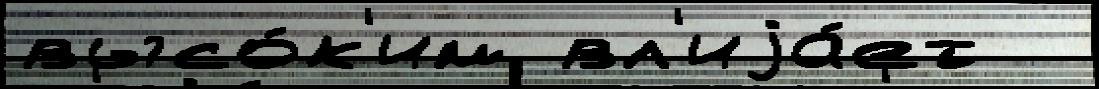
высо́к'им вл'иjа́ет